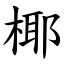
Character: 椰